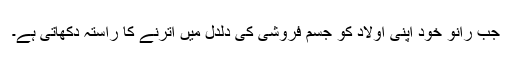
جب رانو خود اپنی اولاد کو جسم فروشی کی دلدل میں اترنے کا راستہ دکھاتی ہے۔